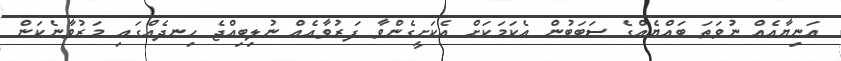
އަނިޔާއެއް ނުވަތަ ބައްޔެއްގެ ސަބަބުން އެކަމަކަށް އެކަށީގެންވާ ފަރުވާއެއް ނުލިބިއްޖެ ހިނދެއްގައި މަރުވާނެކަން